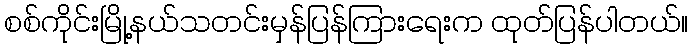
စစ်ကိုင်းမြို့နယ်သတင်းမှန်ပြန်ကြားရေးက ထုတ်ပြန်ပါတယ်။